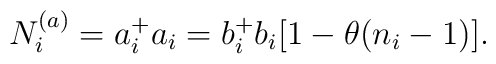
N_{i}^{(a)}=a^{+}_{i}a_{i}=b_{i}^{+} b_{i} [1-\theta (n_{i}-1)].